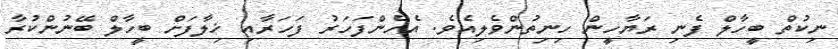
ނިކުތް ބީހާލް ފެނި ރަޔާހީން ހިނިތުންވެލިއެވެ. އެހެންފަހަރު ފަހަރާއި ޚިލާފަށް ބީހާލް ބޭނުންކުރާ